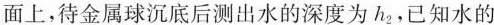
面上，待金属球沉底后测出水的深度为h_{2}，已知水的